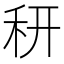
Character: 䄯